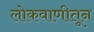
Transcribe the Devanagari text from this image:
लोकवाणीतून